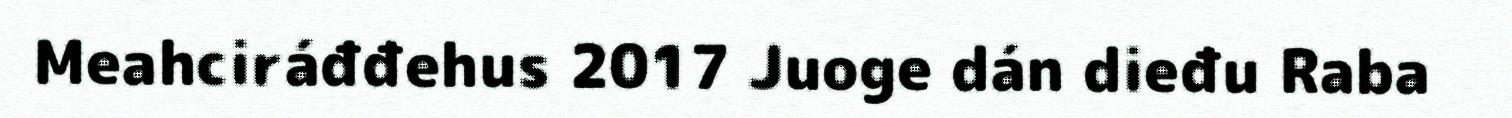
Meahciráđđehus 2017 Juoge dán dieđu Raba